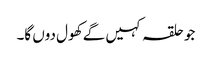
جو حلقہ کہیں گے کھول دوں گا۔